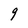
Character: g